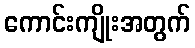
ကောင်းကျိုးအတွက်